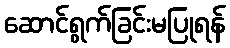
ဆောင်ရွက်ခြင်းမပြုရန်